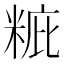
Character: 䊌